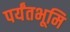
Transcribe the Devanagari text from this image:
पर्यंतभूमि